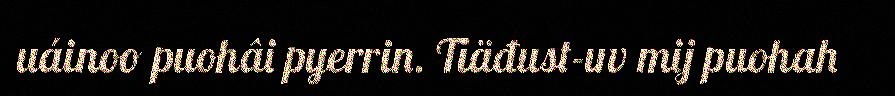
uáinoo puohâi pyerrin. Tiäđust-uv mij puohah